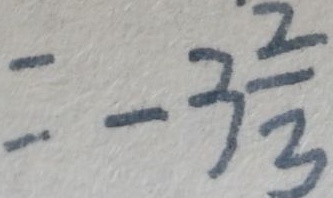
= - 3 \frac { 2 } { 3 }